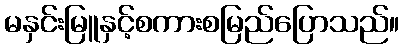
မနှင်းမြူနှင့်စကားစမြည်ပြောသည်။